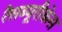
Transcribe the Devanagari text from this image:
रैसब्यूरीकेस